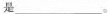
是___